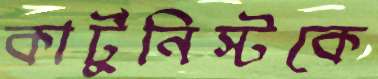
কার্টুনিস্টকে